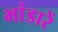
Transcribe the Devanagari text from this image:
भांडारें